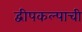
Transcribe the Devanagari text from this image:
द्वीपकल्पाची